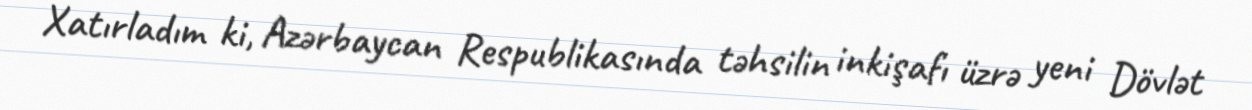
Xatırladım ki, Azərbaycan Respublikasında təhsilin inkişafı üzrə yeni Dövlət